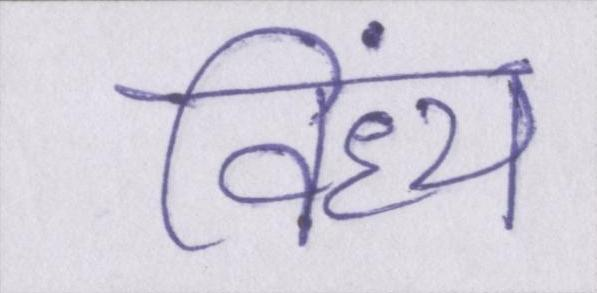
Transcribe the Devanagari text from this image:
विंध्य